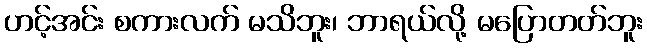
ဟင့်အင်း စကားလက် မသိဘူး၊ ဘာရယ်လို့ မပြောတတ်ဘူး